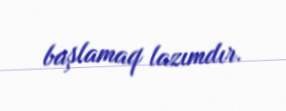
başlamaq lazımdır.